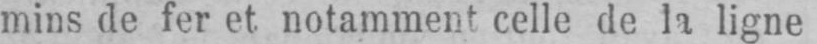
mins de fer et notamment celle de la ligne